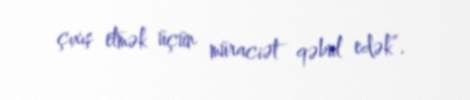
çıxış etmək üçün müraciət qəbul edək”.